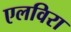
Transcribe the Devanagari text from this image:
एलविरा